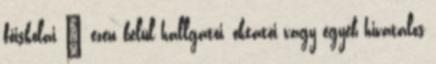
főiskolai – ezen belül hallgatói, oktatói vagy egyéb hivatalos